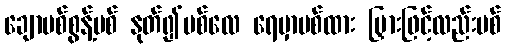
ချောပစ်စွန့်ပစ် နုတ်၍ပစ်လေ ရေမှာပစ်ထား မြှားဖြင့်လည်းပစ်